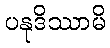
ပနုဒိဿာမိ